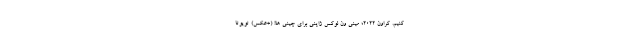
کنیم. کراون 2022؛ مینی ون لوکس ژاپنی برای چینی ها! (+عکس) تویوتا